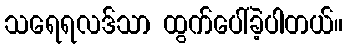
သရေရလဒ်သာ ထွက်ပေါ်ခဲ့ပါတယ်။